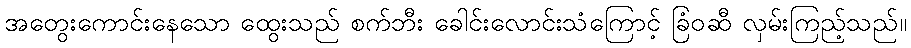
အတွေးကောင်းနေသော ထွေးသည် စက်ဘီး ခေါင်းလောင်းသံကြောင့် ခြံဝဆီ လှမ်းကြည့်သည်။